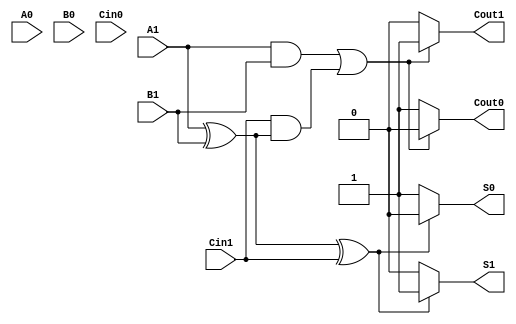
module dual_rail_full_adder (
    input wire A1, A0,   // Dual-rail input A
    input wire B1, B0,   // Dual-rail input B
    input wire Cin1, Cin0,// Dual-rail carry-in
    output wire S1, S0,  // Dual-rail sum output
    output wire Cout1, Cout0 // Dual-rail carry output
);

// Intermediate signals
wire A = A1;   // A is true if A1 is high
wire B = B1;   // B is true if B1 is high
wire Cin = Cin1; // Cin is true if Cin1 is high

// Sum computation (S = A XOR B XOR Cin)
wire S_temp1 = A ^ B; // Intermediate sum, A XOR B
wire S_out = S_temp1 ^ Cin; // Final sum, (A XOR B) XOR Cin

// Generate sum outputs
assign S1 = S_out ? 1'b1 : 1'b0; // S1 is true if sum is true
assign S0 = S_out ? 1'b0 : 1'b1; // S0 is true if sum is false

// Carry computation (Cout = (A AND B) OR (Cin AND (A XOR B)))
wire C_temp1 = A & B; // Intermediate carry from A and B
wire C_temp2 = Cin & S_temp1; // Intermediate carry from Cin and (A XOR B)
wire Cout = C_temp1 | C_temp2; // Final carry-out

// Generate carry outputs
assign Cout1 = Cout ? 1'b1 : 1'b0; // Cout1 is true if carry-out is true
assign Cout0 = Cout ? 1'b0 : 1'b1; // Cout0 is true if carry-out is false

endmodule